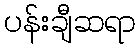
ပန်းချီဆရာ